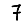
Digit: 7